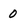
Character: 0